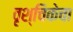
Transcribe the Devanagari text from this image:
वृश्चिकेचा